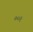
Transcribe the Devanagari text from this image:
००१